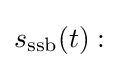
s_{\text{ssb}}(t):